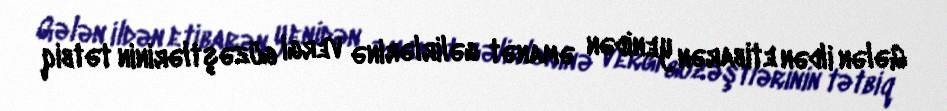
Gələn ildən etibarən yenidən əmanət gəlirlərinə vergi güzəştlərinin tətbiq